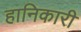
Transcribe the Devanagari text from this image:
हानिकारी